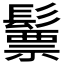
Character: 𩮳